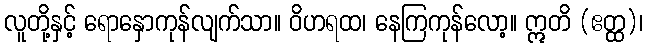
လူတို့နှင့် ရောနှောကုန်လျက်သာ။ ဝိဟရထ၊ နေကြကုန်လော့။ ဣတိ (ဧတ္ထ)၊